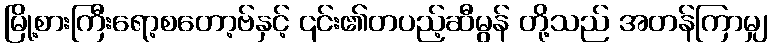
မြို့စားကြီးရော့စတော့ဗ်နှင့် ၎င်း၏တပည့်ဆီမွန် တို့သည် အတန်ကြာမျှ